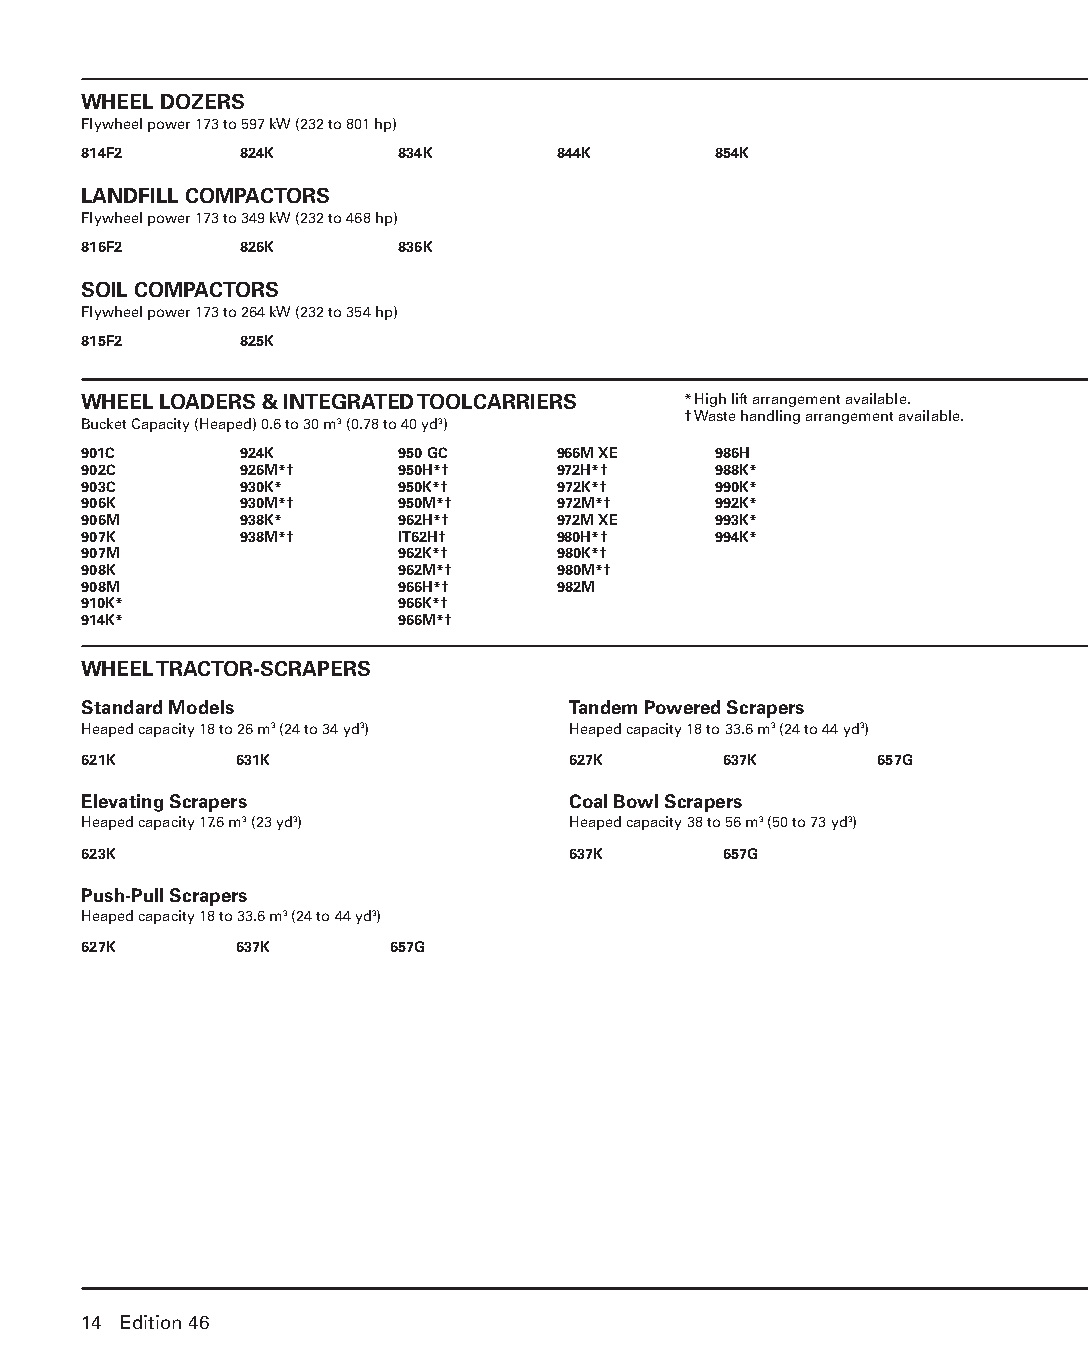
WHEEL DOZERS
 Flywheel power 173 to 597 kW (232 to 801 hp)
 814F2     824K       834K      844K       854K
 LANDFILL COMPACTORS
 Flywheel power 173 to 349 kW (232 to 468 hp)
 816F2     826K       836K
 SOIL COMPACTORS
 Flywheel power 173 to 264 kW (232 to 354 hp)
 815F2     825K
 WHEEL LOADERS & INTEGRATED TOOLCARRIERS * High lift arrangement available.
 † Waste handling arrangement available.
 Bucket Capacity (Heaped) 0.6 to 30 m3 (0.78 to 40 yd3)
 901C      924K       950 GC    966M XE    986H
 902C      926M*†     950H*†    972H*†     988K*
 903C      930K*      950K*†    972K*†     990K*
 906K      930M*†     950M*†    972M*†     992K*
 906M      938K*      962H*†    972M XE    993K*
 907K      938M*†     IT62H†    980H*†     994K*
 907M                 962K*†    980K*†
 908K                 962M*†    980M*†
 908M                 966H*†    982M
 910K*                966K*†
 914K*                966M*†
 WHEEL TRACTOR-SCRAPERS
 Standard Models                 Tandem Powered Scrapers
 Heaped capacity 18 to 26 m3 (24 to 34 yd3) Heaped capacity 18 to 33.6 m3 (24 to 44 yd3)
 621K      631K                  627K      637K      657G
 Elevating Scrapers              Coal Bowl Scrapers
 Heaped capacity 17.6 m3 (23 yd3) Heaped capacity 38 to 56 m3 (50 to 73 yd3)
 623K                            637K      657G
 Push-Pull Scrapers
 Heaped capacity 18 to 33.6 m3 (24 to 44 yd3)
 627K      637K      657G
 14 Edition 46
 PPHHBB--IInnttrroo--NNoomm--1166--BBooookkmmaarrkkeeddPPDDFF..iinndddd 1144 1122//44//1155 1100::1177 AAMM